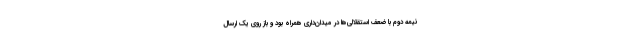
نیمه دوم با ضعف استقلالی‌ها در میدان‌داری همراه بود و باز روی یک ارسال